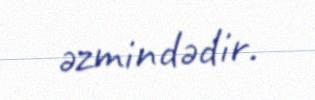
əzmindədir.